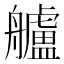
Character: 艫